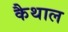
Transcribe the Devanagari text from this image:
कैथाल